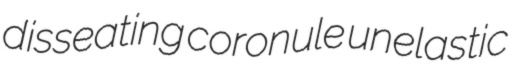
disseating coronule unelastic